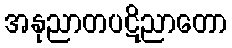
အနုညာတပဋိညာတော